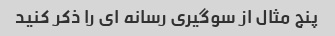
پنج مثال از سوگیری رسانه ای را ذکر کنید